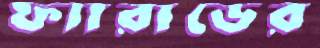
ফ্যারাডের